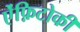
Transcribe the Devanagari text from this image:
ऐंफ़िटोकी